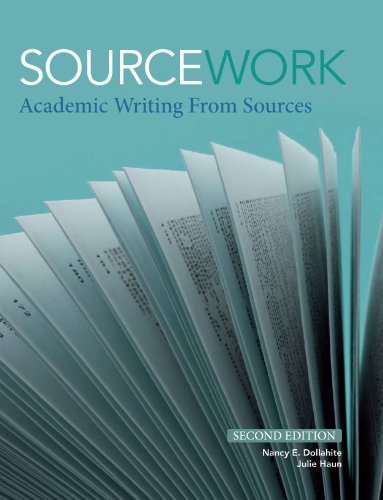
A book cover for Sourcework: Academic Writing from Sources, 2nd Edition; Nancy E. Dollahite; Reference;